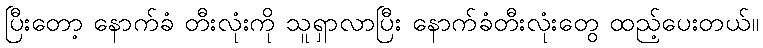
ပြီးတော့ နောက်ခံ တီးလုံးကို သူရှာလာပြီး နောက်ခံတီးလုံးတွေ ထည့်ပေးတယ်။